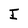
Character: I